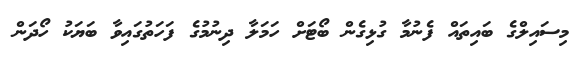
މިސައިލްގެ ބައިތައް ފެނުމާ ގުޅިގެން ބޯޓަށް ހަމަލާ ދިނުމުގެ ފަހަތުގައިވާ ބަޔަކު ހޯދަން